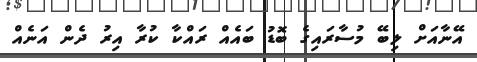
އޭނާއަށް ލިބޭ މުސާރައިގެ ބޮޑު ބައެއް ރައްކާ ކުރާ އިރު ދެން އަނެއް